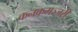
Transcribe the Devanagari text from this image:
कनकमञ्जरी